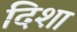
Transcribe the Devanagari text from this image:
दिशा